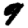
Digit: 9